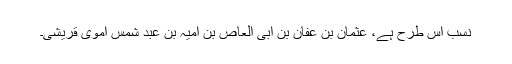
نسب اس طرح ہے، عثمانؓ بن عفان بن ابی العاص بن امیہّ بن عبد شمس اموی قریشی۔